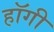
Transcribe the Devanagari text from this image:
हॉगी